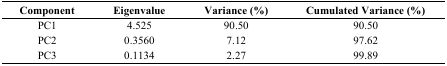
<table><thead><tr><td><b>Component</b></td><td><b>Eigenvalue</b></td><td><b>Variance (%)</b></td><td><b>Cumulated Variance (%)</b></td></tr></thead><tbody><tr><td>PC1</td><td>4.525</td><td>90.50</td><td>90.50</td></tr><tr><td>PC2</td><td>0.3560</td><td>7.12</td><td>97.62</td></tr><tr><td>PC3</td><td>0.1134</td><td>2.27</td><td>99.89</td></tr></tbody></table>